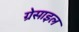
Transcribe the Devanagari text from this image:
ग्रेसाइल